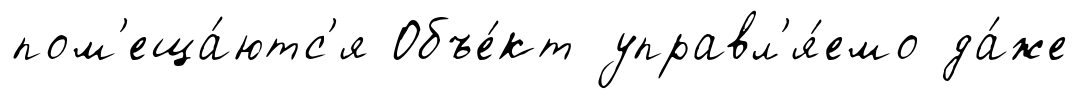
пом'еща́ютс'я Объе́кт управл'я́емо да́же